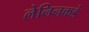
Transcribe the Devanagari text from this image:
लेनिनकडे